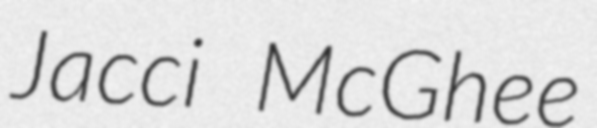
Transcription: Jacci McGhee